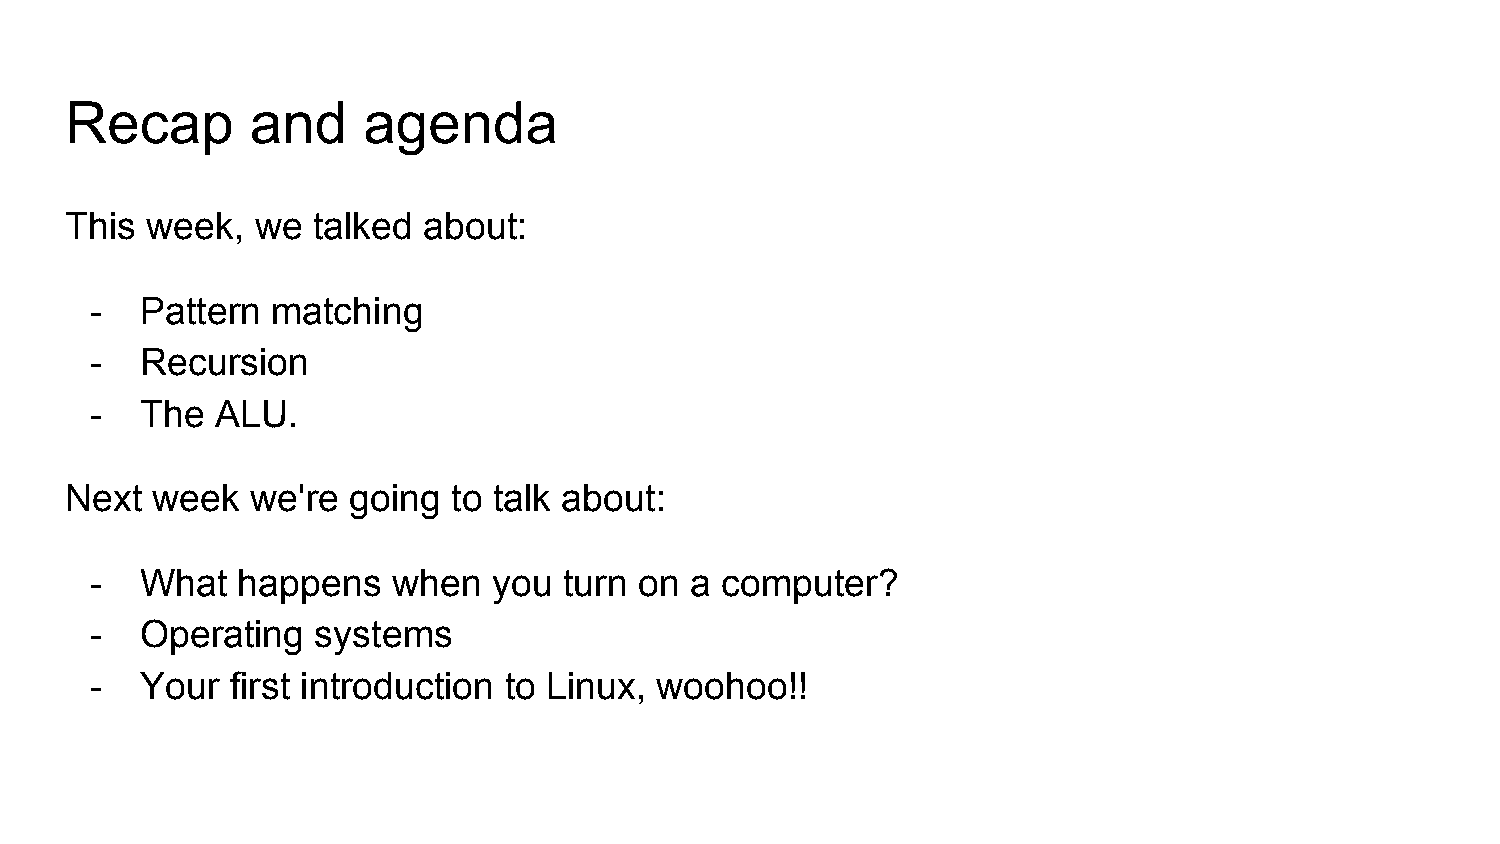
Recap        and    agenda
 This  week,  we  talked about:
 -  Pattern  matching
 -  Recursion
 -  The  ALU.
 Next  week   we're going  to talk about:
 -  What   happens   when   you turn on  a computer?
 -  Operating   systems
 -  Your  first introduction to Linux, woohoo!!